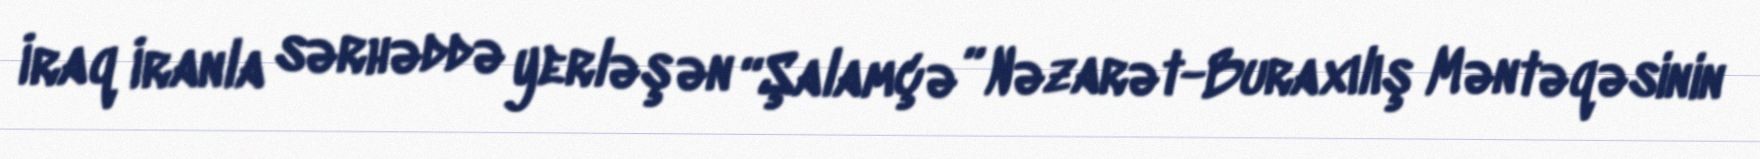
İraq İranla sərhəddə yerləşən “Şalamçə” Nəzarət-Buraxılış Məntəqəsinin